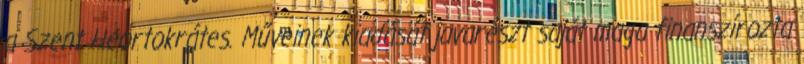
a Szent Heortokrátes. Műveinek kiadását javarészt saját maga finanszírozta